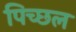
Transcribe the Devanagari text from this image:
पिच्छल